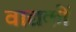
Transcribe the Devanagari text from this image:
वाद्यकों